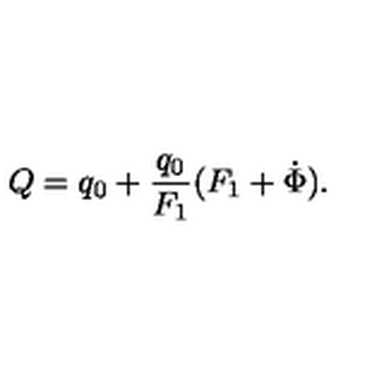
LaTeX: Q = q _ { 0 } + \frac { q _ { 0 } } { F _ { 1 } } ( F _ { 1 } + \dot { \Phi } ) .